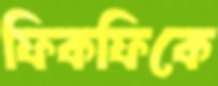
ফিকফিকে